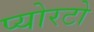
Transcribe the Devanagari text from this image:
प्योरटो